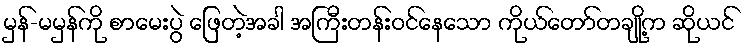
မှန်-မမှန်ကို စာမေးပွဲ ဖြေတဲ့အခါ အကြီးတန်းဝင်နေသော ကိုယ်တော်တချို့က ဆိုယင်